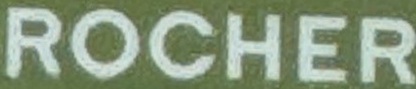
ROCHER